65_HS1-834228961_62-HQ-83894_Section_8
Agency: FBI
Page 124
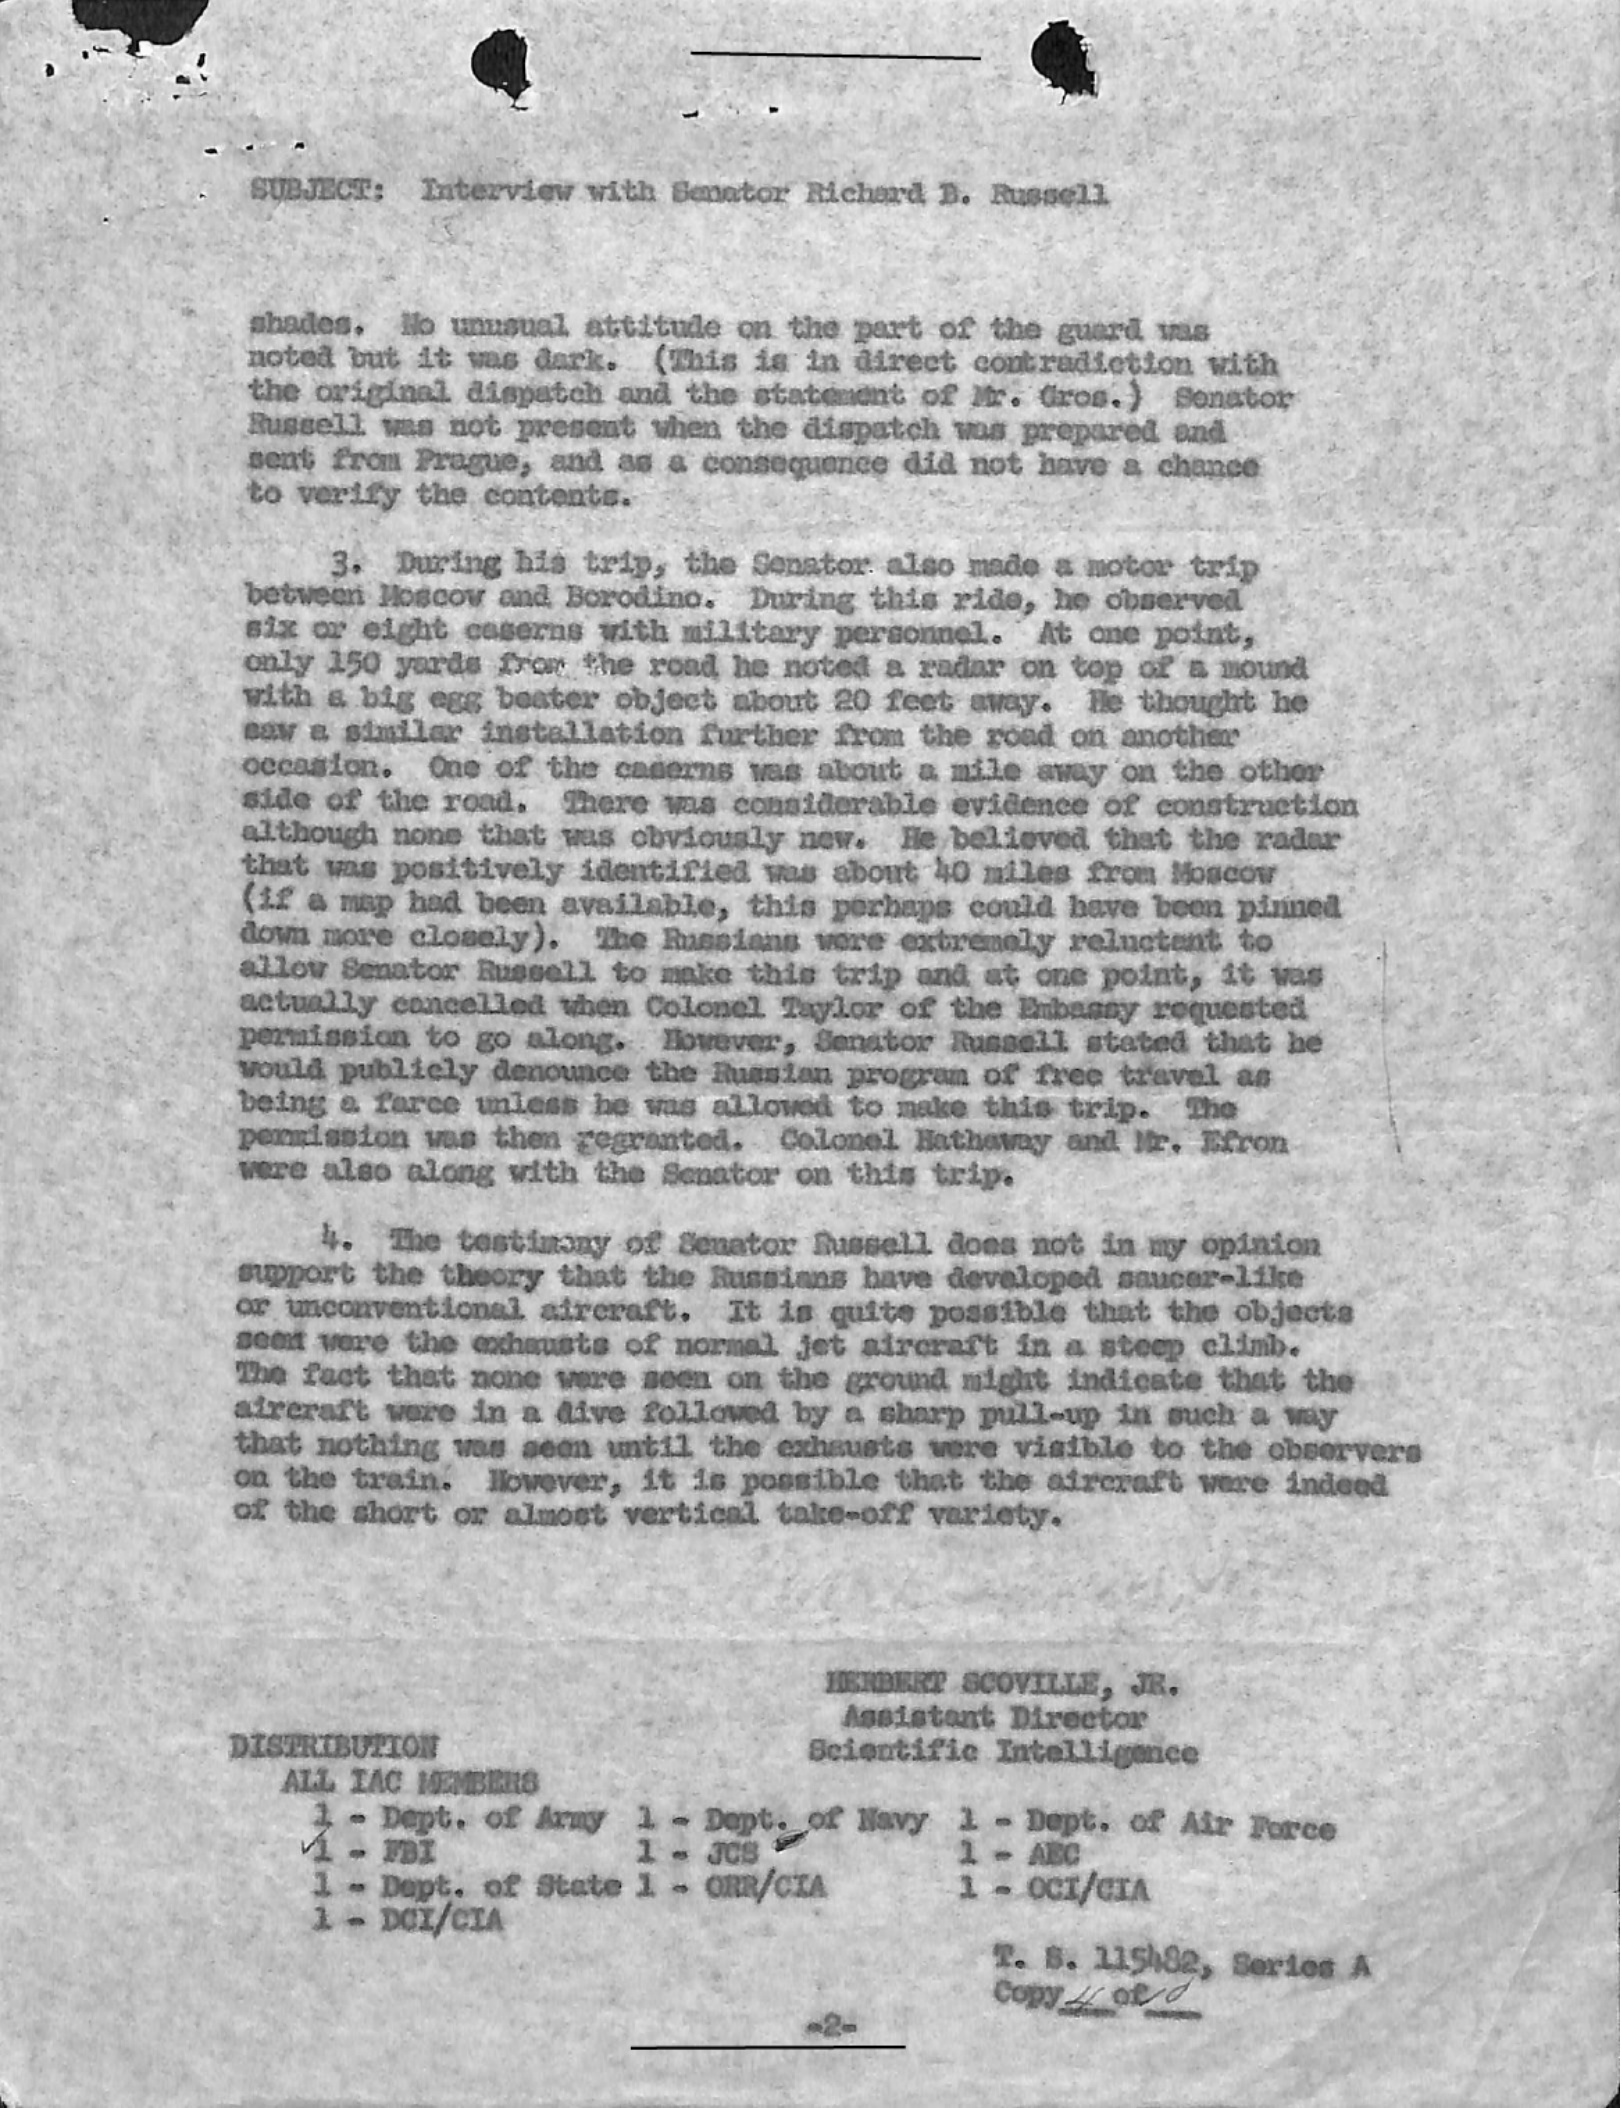